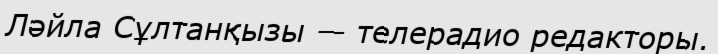
Ләйла Сұлтанқызы — телерадио редакторы.